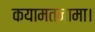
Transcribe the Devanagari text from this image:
कयामतनामा।